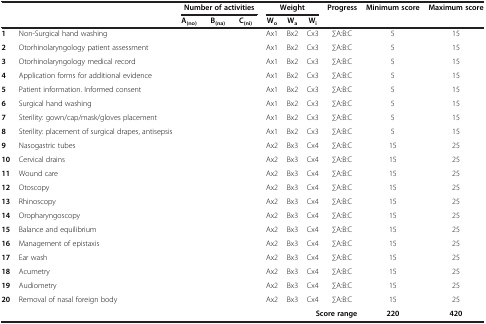
<table><thead><tr><td rowspan="2"><b> </b></td><td rowspan="2"><b> </b></td><td colspan="3"><b>Number of activities</b></td><td colspan="3"><b>Weight</b></td><td><b>Progress</b></td><td><b>Minimum score</b></td><td><b>Maximum score</b></td></tr><tr><td><b>A<sub>(no)</sub></b></td><td><b>B<sub>(na)</sub></b></td><td><b>C<sub>(ni)</sub></b></td><td><b>W<sub>o</sub></b></td><td><b>W<sub>a</sub></b></td><td><b>W<sub>i</sub></b></td><td><b> </b></td><td><b> </b></td><td><b> </b></td></tr></thead><tbody><tr><td><b>1</b></td><td>Non-Surgical hand washing</td><td> </td><td> </td><td> </td><td>Ax1</td><td>Bx2</td><td>Cx3</td><td>∑A:B:C</td><td>5</td><td>15</td></tr><tr><td><b>2</b></td><td>Otorhinolaryngology patient assessment</td><td> </td><td> </td><td> </td><td>Ax1</td><td>Bx2</td><td>Cx3</td><td>∑A:B:C</td><td>5</td><td>15</td></tr><tr><td><b>3</b></td><td>Otorhinolaryngology medical record</td><td> </td><td> </td><td> </td><td>Ax1</td><td>Bx2</td><td>Cx3</td><td>∑A:B:C</td><td>5</td><td>15</td></tr><tr><td><b>4</b></td><td>Application forms for additional evidence</td><td> </td><td> </td><td> </td><td>Ax1</td><td>Bx2</td><td>Cx3</td><td>∑A:B:C</td><td>5</td><td>15</td></tr><tr><td><b>5</b></td><td>Patient information. Informed consent</td><td> </td><td> </td><td> </td><td>Ax1</td><td>Bx2</td><td>Cx3</td><td>∑A:B:C</td><td>5</td><td>15</td></tr><tr><td><b>6</b></td><td>Surgical hand washing</td><td> </td><td> </td><td> </td><td>Ax1</td><td>Bx2</td><td>Cx3</td><td>∑A:B:C</td><td>5</td><td>15</td></tr><tr><td><b>7</b></td><td>Sterility: gown/cap/mask/gloves placement</td><td> </td><td> </td><td> </td><td>Ax1</td><td>Bx2</td><td>Cx3</td><td>∑A:B:C</td><td>5</td><td>15</td></tr><tr><td><b>8</b></td><td>Sterility: placement of surgical drapes, antisepsis</td><td> </td><td> </td><td> </td><td>Ax1</td><td>Bx2</td><td>Cx3</td><td>∑A:B:C</td><td>5</td><td>15</td></tr><tr><td><b>9</b></td><td>Nasogastric tubes</td><td> </td><td> </td><td> </td><td>Ax2</td><td>Bx3</td><td>Cx4</td><td>∑A:B:C</td><td>15</td><td>25</td></tr><tr><td><b>10</b></td><td>Cervical drains</td><td> </td><td> </td><td> </td><td>Ax2</td><td>Bx3</td><td>Cx4</td><td>∑A:B:C</td><td>15</td><td>25</td></tr><tr><td><b>11</b></td><td>Wound care</td><td> </td><td> </td><td> </td><td>Ax2</td><td>Bx3</td><td>Cx4</td><td>∑A:B:C</td><td>15</td><td>25</td></tr><tr><td><b>12</b></td><td>Otoscopy</td><td> </td><td> </td><td> </td><td>Ax2</td><td>Bx3</td><td>Cx4</td><td>∑A:B:C</td><td>15</td><td>25</td></tr><tr><td><b>13</b></td><td>Rhinoscopy</td><td> </td><td> </td><td> </td><td>Ax2</td><td>Bx3</td><td>Cx4</td><td>∑A:B:C</td><td>15</td><td>25</td></tr><tr><td><b>14</b></td><td>Oropharyngoscopy</td><td> </td><td> </td><td> </td><td>Ax2</td><td>Bx3</td><td>Cx4</td><td>∑A:B:C</td><td>15</td><td>25</td></tr><tr><td><b>15</b></td><td>Balance and equilibrium</td><td> </td><td> </td><td> </td><td>Ax2</td><td>Bx3</td><td>Cx4</td><td>∑A:B:C</td><td>15</td><td>25</td></tr><tr><td><b>16</b></td><td>Management of epistaxis</td><td> </td><td> </td><td> </td><td>Ax2</td><td>Bx3</td><td>Cx4</td><td>∑A:B:C</td><td>15</td><td>25</td></tr><tr><td><b>17</b></td><td>Ear wash</td><td> </td><td> </td><td> </td><td>Ax2</td><td>Bx3</td><td>Cx4</td><td>∑A:B:C</td><td>15</td><td>25</td></tr><tr><td><b>18</b></td><td>Acumetry</td><td> </td><td> </td><td> </td><td>Ax2</td><td>Bx3</td><td>Cx4</td><td>∑A:B:C</td><td>15</td><td>25</td></tr><tr><td><b>19</b></td><td>Audiometry</td><td> </td><td> </td><td> </td><td>Ax2</td><td>Bx3</td><td>Cx4</td><td>∑A:B:C</td><td>15</td><td>25</td></tr><tr><td><b>20</b></td><td>Removal of nasal foreign body</td><td> </td><td> </td><td> </td><td>Ax2</td><td>Bx3</td><td>Cx4</td><td>∑A:B:C</td><td>15</td><td>25</td></tr><tr><td> </td><td colspan="8"><b>Score range</b></td><td><b>220</b></td><td><b>420</b></td></tr></tbody></table>